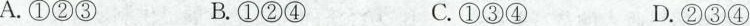
A.①②③ B.①②④ C.①③④ D.②③④